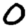
Digit: 0